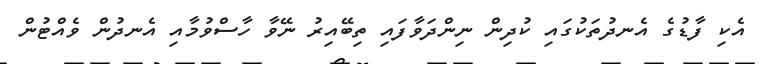
އެކި ފާޑުގެ އެނދުތަކުގައި ކުދިން ނިންދަވާފައި ތިބޭއިރު ނޭވާ ހާސްވުމާއި އެނދުން ވެއްޓުން